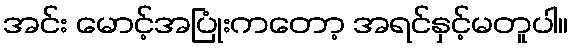
အင်း မောင့်အပြုံးကတော့ အရင်နှင့်မတူပါ။